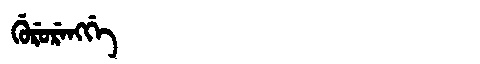
Manchu: ᡤᡠᡵᡠᡵᡝᠩᡤᡝ
Romanization: GURURENGGE